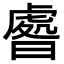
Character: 𣊑